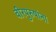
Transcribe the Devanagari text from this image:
वीरपुरुषांना